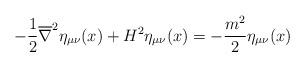
LaTeX: \begin{align*}-\frac{1}{2}\overline{\nabla}^2\eta_{\mu\nu}(x)+H^2\eta_{\mu\nu}(x)=-\frac{m^2}{2}\eta_{\mu\nu}(x)\end{align*}